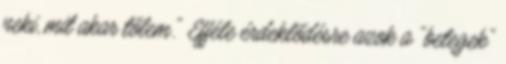
neki, mit akar tőlem." Efféle érdeklődésre azok a "betegek"